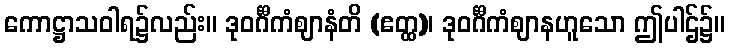
ကောဋ္ဌာသဝါရ၌လည်း။ ဒုဝင်္ဂီကံဈာနံတိ (ဧတ္ထ)၊ ဒုဝင်္ဂီကံဈာနဟူသော ဤပါဌ်၌။